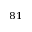
^ { 8 1 }